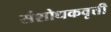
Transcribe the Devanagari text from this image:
संशोधकवृत्ती